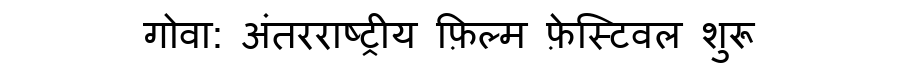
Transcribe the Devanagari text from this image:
गोवा: अंतरराष्ट्रीय फ़िल्म फ़ेस्टिवल शुरू